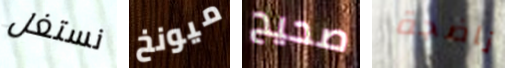
نستغل ميونخ صحيح ناضجة